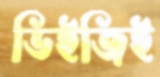
ডিইজিই